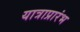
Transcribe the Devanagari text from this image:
यात्राप्रारंभ